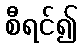
စီရင်၍